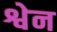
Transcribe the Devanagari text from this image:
श्वेन